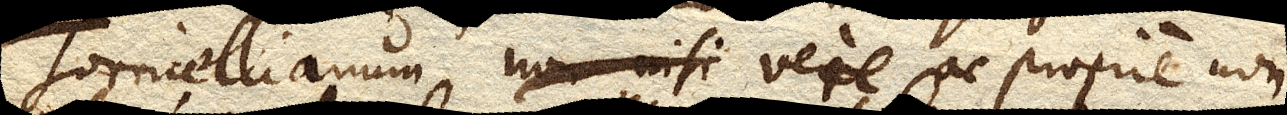
Torricellianum vere ac proprie non